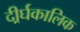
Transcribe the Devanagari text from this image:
दीर्र्घकालिक